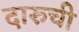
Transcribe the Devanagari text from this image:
दारुची